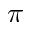
\pi